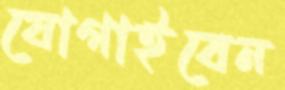
যোগাইবেন